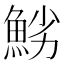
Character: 𩷈